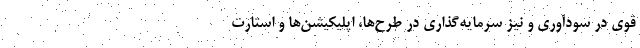
قوی در سودآوری و نیز سرمایه‌گذاری در طرح‌ها، اپلیکیشن‌ها و استارت